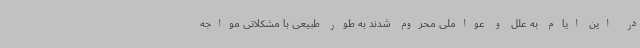
در این ایام به علل و عواملی محروم شدند به طور طبیعی با مشکلاتی مواجه